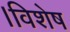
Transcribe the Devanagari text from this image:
।विशेष